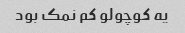
یه کوچولو کم نمک بود